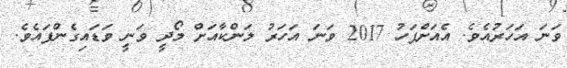
ވަނަ އަހަރުއެވެ. އެއަށްފަހު 2017 ވަނަ އަހަރު ލަންކާއަށް މޯދީ ވަނީ ވަޑައިގެންފައެވެ.